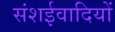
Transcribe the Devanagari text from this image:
संशईवादियों